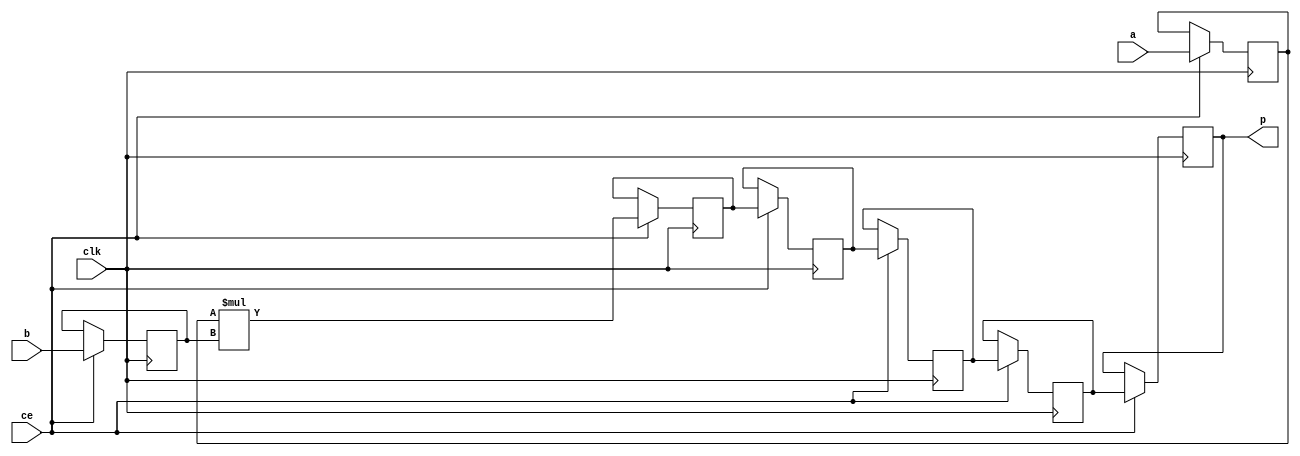
module trace_cntrl_mul_32s_32s_32_7_MulnS_0(clk, ce, a, b, p);
input clk;
input ce;
input[32 - 1 : 0] a; // synthesis attribute keep a "true"
input[32 - 1 : 0] b; // synthesis attribute keep b "true"
output[32 - 1 : 0] p;

reg signed [32 - 1 : 0] a_reg0;
reg signed [32 - 1 : 0] b_reg0;
wire signed [32 - 1 : 0] tmp_product;
reg signed [32 - 1 : 0] buff0;
reg signed [32 - 1 : 0] buff1;
reg signed [32 - 1 : 0] buff2;
reg signed [32 - 1 : 0] buff3;
reg signed [32 - 1 : 0] buff4;

assign p = buff4;
assign tmp_product = a_reg0 * b_reg0;
always @ (posedge clk) begin
    if (ce) begin
        a_reg0 <= a;
        b_reg0 <= b;
        buff0 <= tmp_product;
        buff1 <= buff0;
        buff2 <= buff1;
        buff3 <= buff2;
        buff4 <= buff3;
    end
end
endmodule